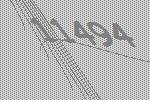
11494